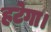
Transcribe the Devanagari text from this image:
हटेगा।